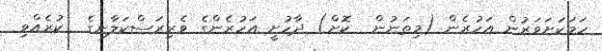
ހަމަކަށަވަރުން އަހުރެން (މިތަނުން  ކޮށް) ދާހުށީ އަހުރެންގެ ވެރިރަސްކަލާނގެ  ކުރެއްވި